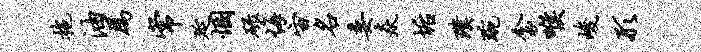
拖油为常延悃碌悔宙名委焱垢璞琬衾喉峻形